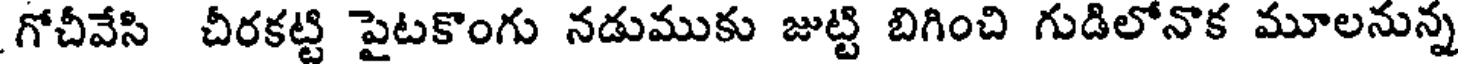
గోచీవేసి చీరకట్టి పైటకొంగు నడుముకు జుట్టి బిగించి గుడిలోనొక మూలనున్న